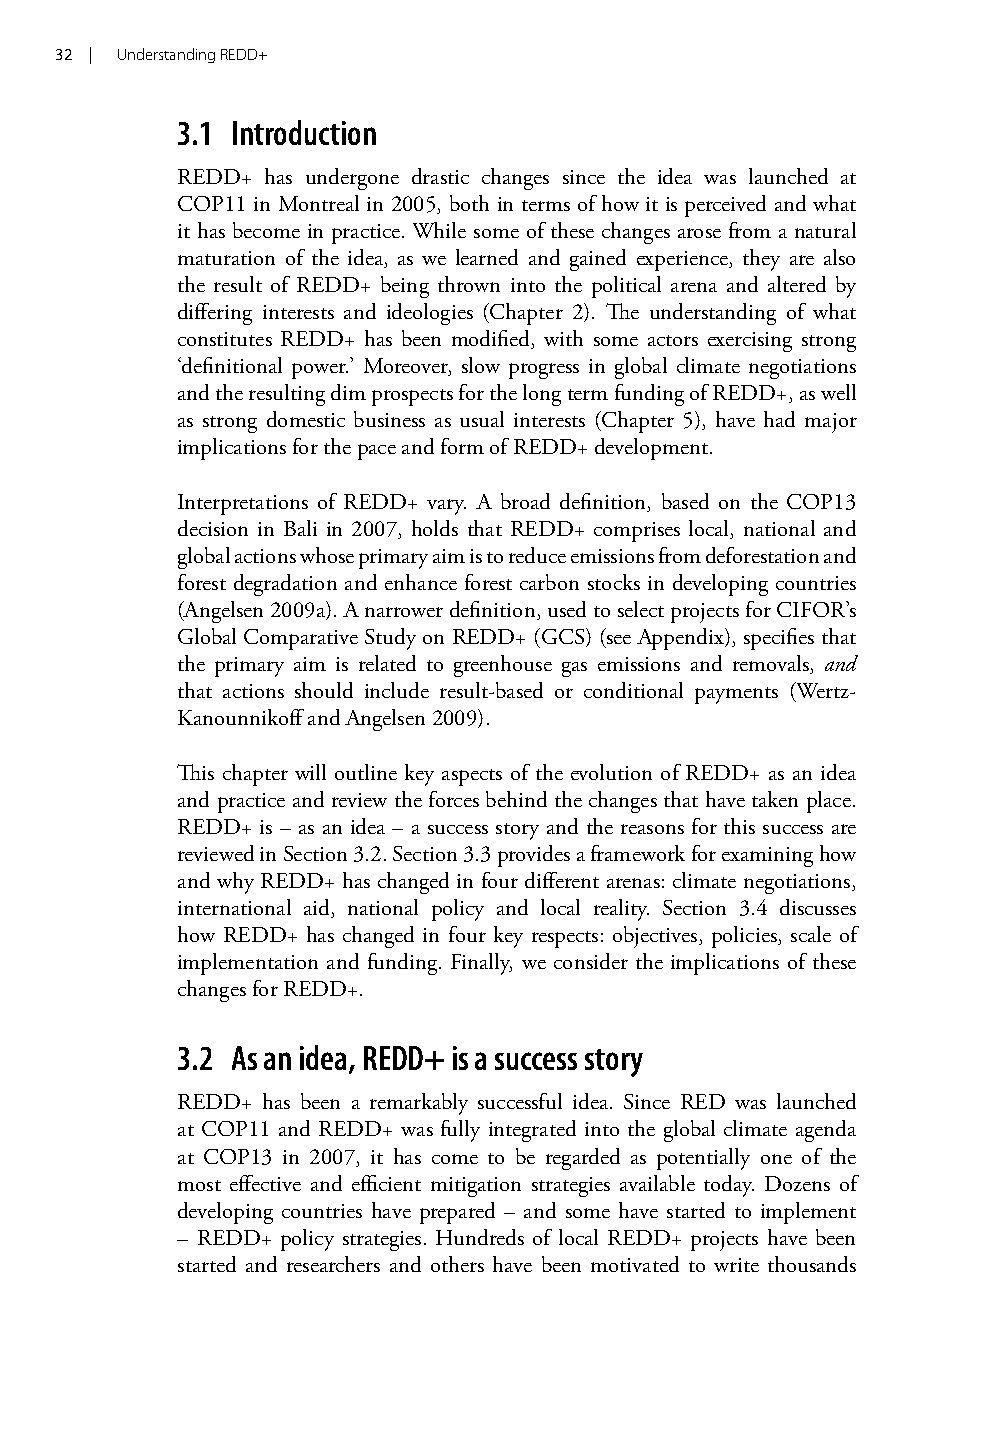
32 | Understanding REDD+
 3.1 Introduction
 REDD+ has undergone drastic changes since the idea was launched at
 COP11 in Montreal in 2005, both in terms of how it is perceived and what
 it has become in practice. While some of these changes arose from a natural
 maturation of the idea, as we learned and gained experience, they are also
 the result of REDD+ being thrown into the political arena and altered by
 differing interests and ideologies (Chapter 2). The understanding of what
 constitutes REDD+ has been modified, with some actors exercising strong
 ‘definitional power.’ Moreover, slow progress in global climate negotiations
 and the resulting dim prospects for the long term funding of REDD+, as well
 as strong domestic business as usual interests (Chapter 5), have had major
 implications for the pace and form of REDD+ development.
 Interpretations of REDD+ vary. A broad definition, based on the COP13
 decision in Bali in 2007, holds that REDD+ comprises local, national and
 global actions whose primary aim is to reduce emissions from deforestation and
 forest degradation and enhance forest carbon stocks in developing countries
 (Angelsen 2009a). A narrower definition, used to select projects for CIFOR’s
 Global Comparative Study on REDD+ (GCS) (see Appendix), specifies that
 the primary aim is related to greenhouse gas emissions and removals, and
 that actions should include result-based or conditional payments (Wertz-
 Kanounnikoff and Angelsen 2009).
 This chapter will outline key aspects of the evolution of REDD+ as an idea
 and practice and review the forces behind the changes that have taken place.
 REDD+ is – as an idea – a success story and the reasons for this success are
 reviewed in Section 3.2. Section 3.3 provides a framework for examining how
 and why REDD+ has changed in four different arenas: climate negotiations,
 international aid, national policy and local reality. Section 3.4 discusses
 how REDD+ has changed in four key respects: objectives, policies, scale of
 implementation and funding. Finally, we consider the implications of these
 changes for REDD+.
 3.2 As an idea, REDD+ is a success story
 REDD+ has been a remarkably successful idea. Since RED was launched
 at COP11 and REDD+ was fully integrated into the global climate agenda
 at COP13 in 2007, it has come to be regarded as potentially one of the
 most effective and efficient mitigation strategies available today. Dozens of
 developing countries have prepared – and some have started to implement
 – REDD+ policy strategies. Hundreds of local REDD+ projects have been
 started and researchers and others have been motivated to write thousands